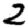
Digit: 2